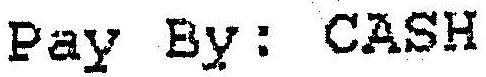
PAY BY : CASH